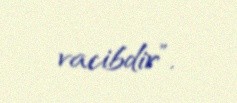
vacibdir”.